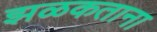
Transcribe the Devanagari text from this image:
झळकताना